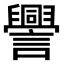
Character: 𧭒